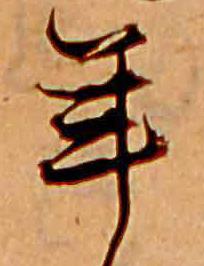
年